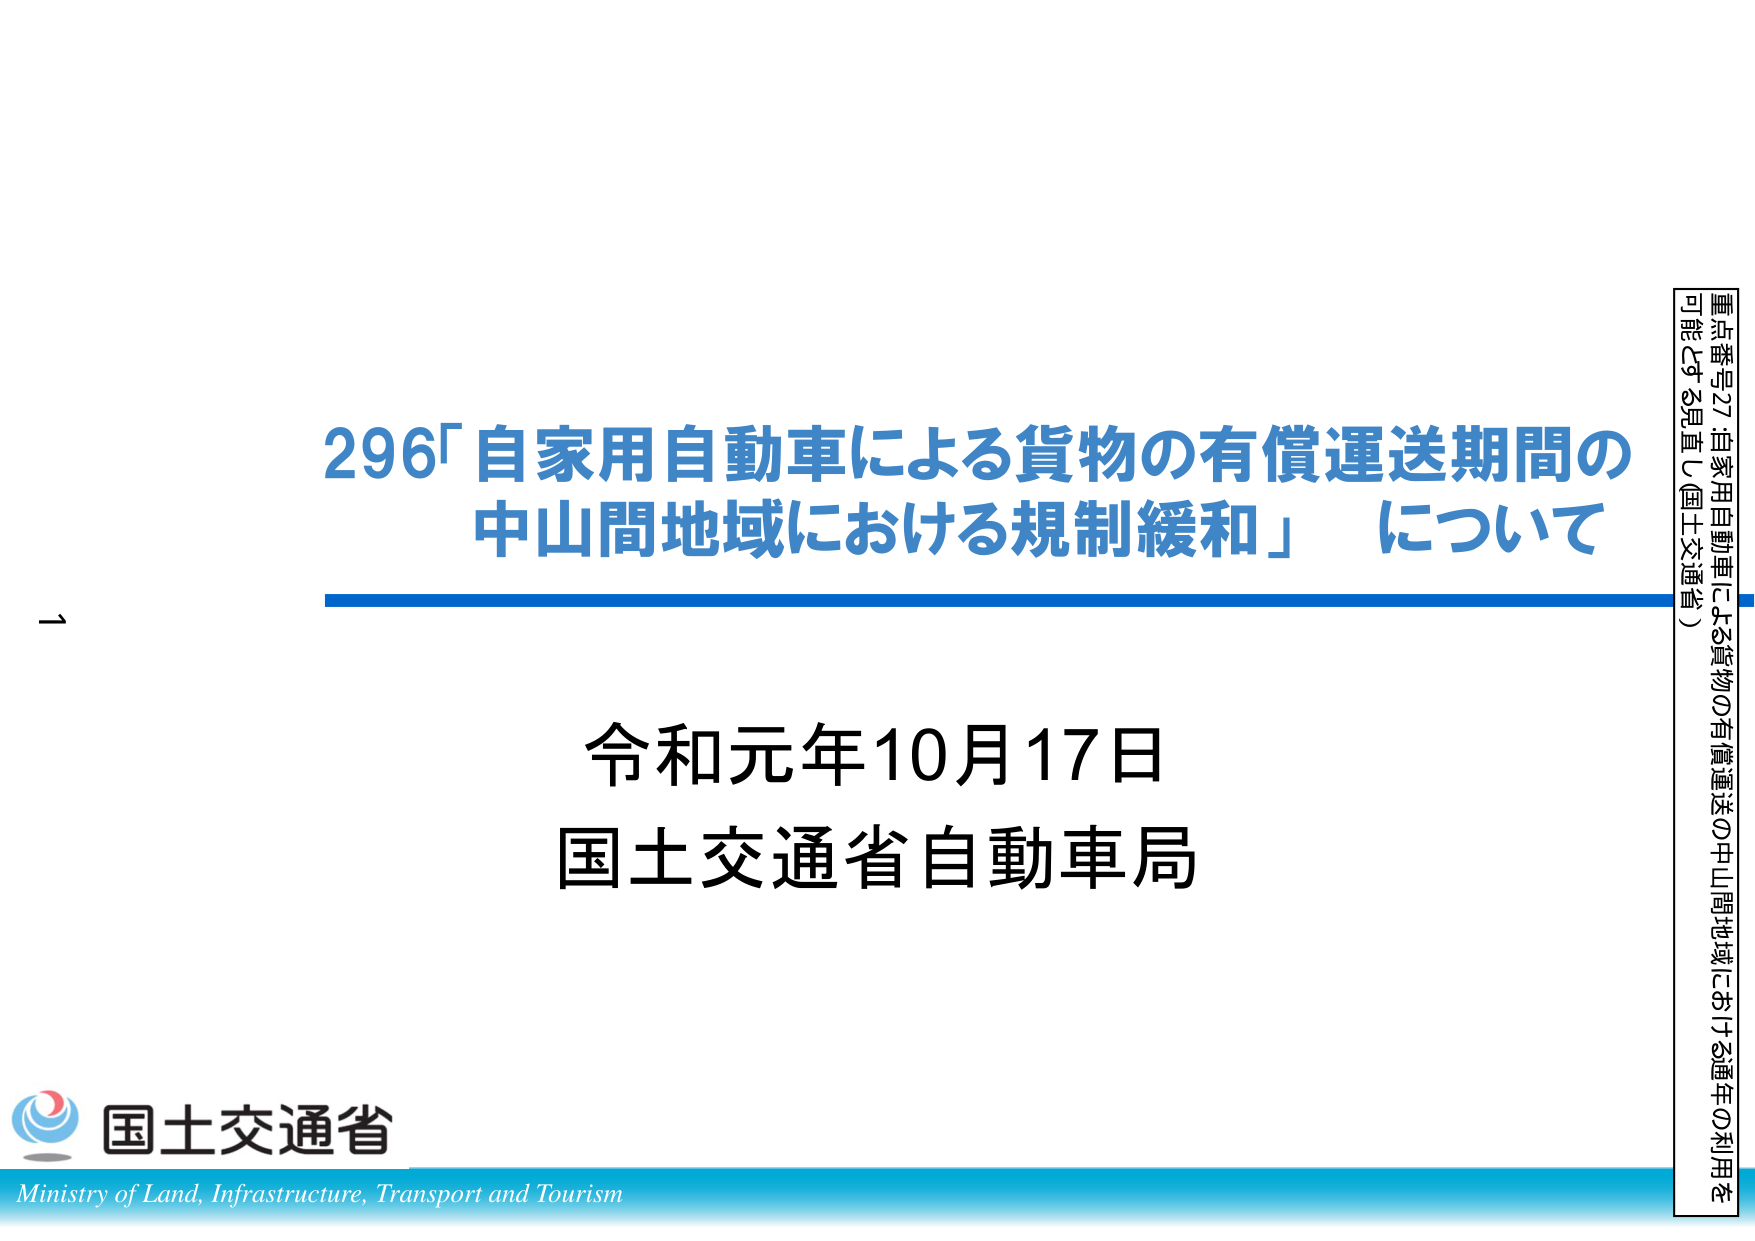
296「自家用自動車による貨物の有償運送期間の
中山間地域における規制緩和」について

令和元年10月17日
国土交通省自動車局

国土交通省
Ministry of Land, Infrastructure, Transport and Tourism

重点番号27 自家用自動車による貨物の有償運送の中山間地域における通年の利用を
可能とする見直し（国土交通省）